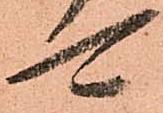
可